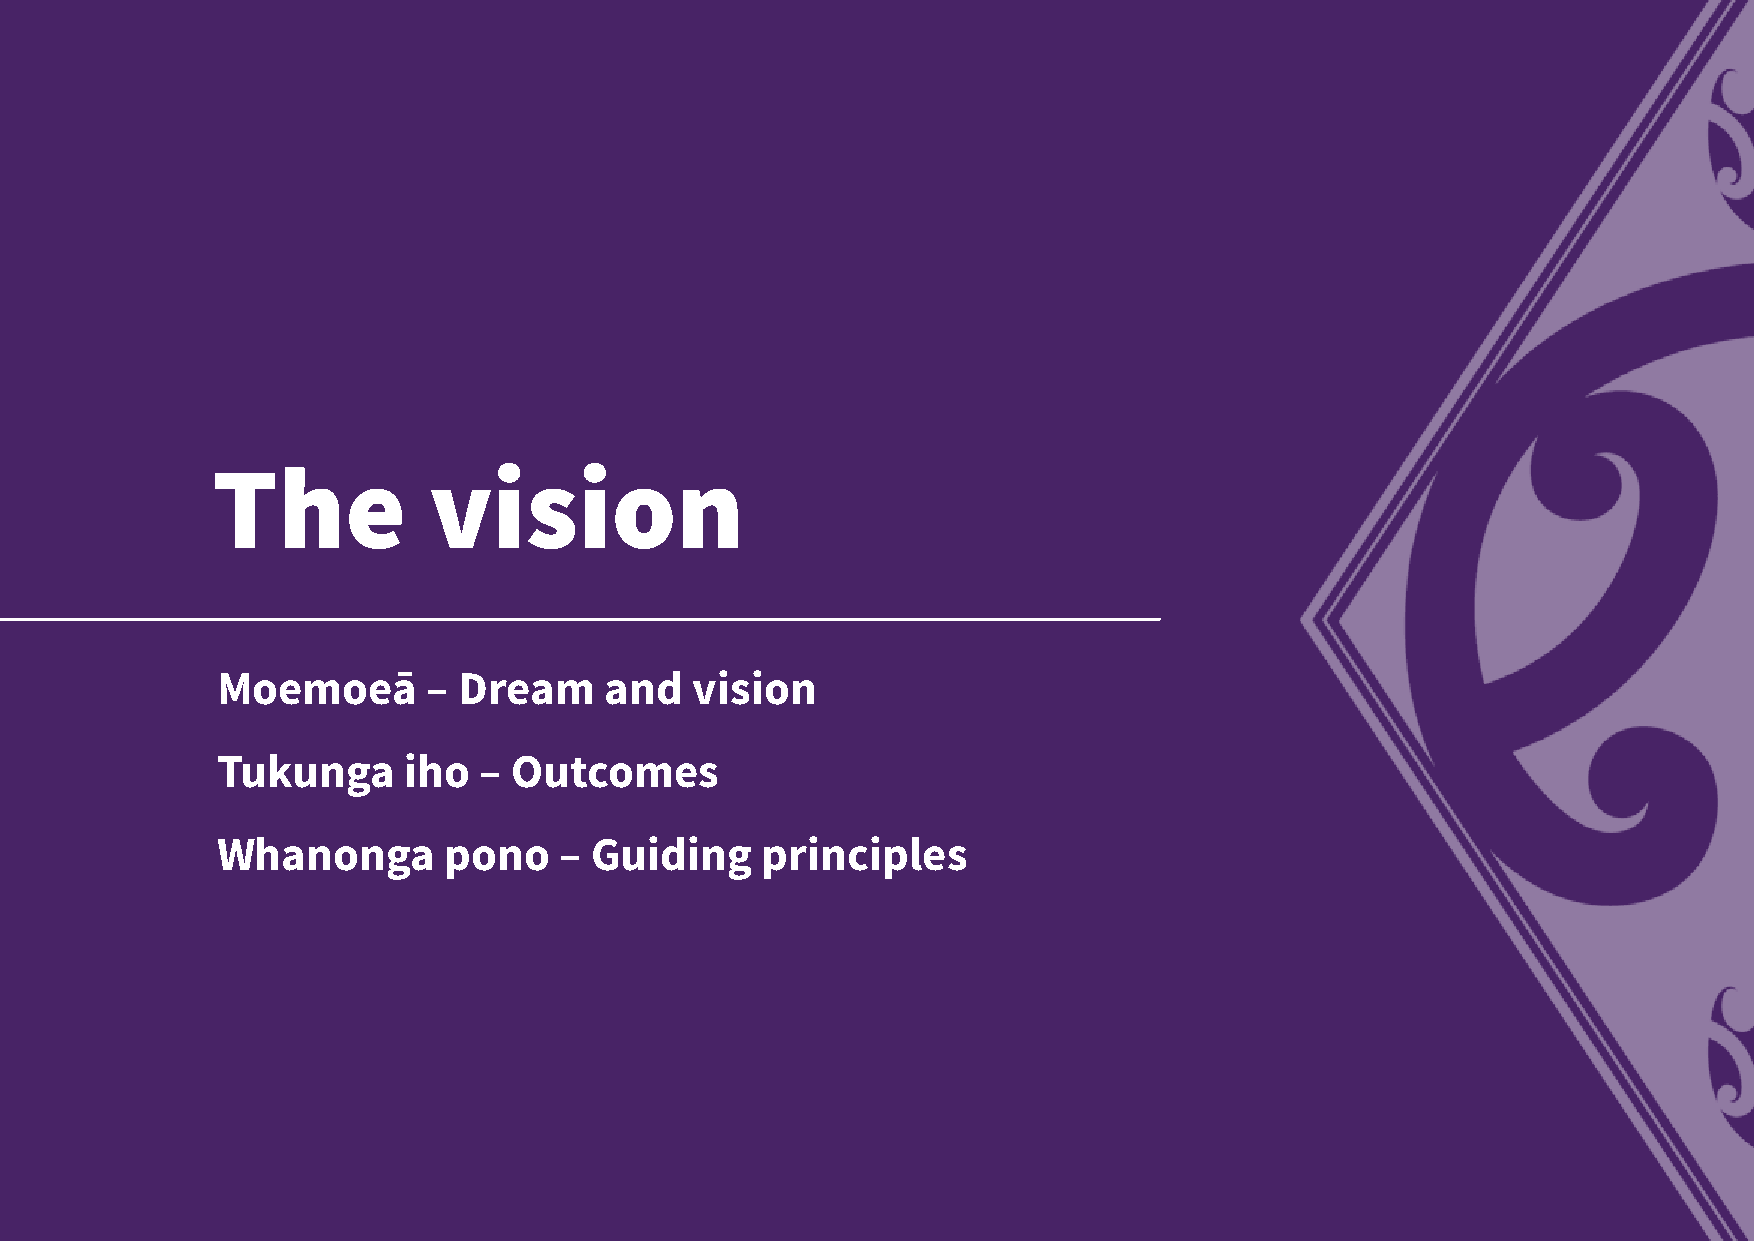
The           vision
 Moemoeā       – Dream     and   vision
 Tukunga      iho  – Outcomes
 Whanonga       pono    – Guiding    principles
 26